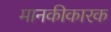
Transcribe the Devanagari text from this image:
मानकीकारक